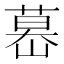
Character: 𦷤